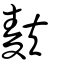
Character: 麸